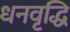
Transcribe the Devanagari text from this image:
धनवृद्धि